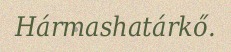
Hármashatárkő.